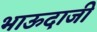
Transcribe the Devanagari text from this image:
भाऊदाजी